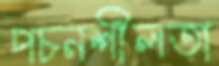
পচনশীলতা